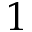
1